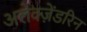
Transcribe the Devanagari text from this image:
अलेक्ज़ेंडरिन